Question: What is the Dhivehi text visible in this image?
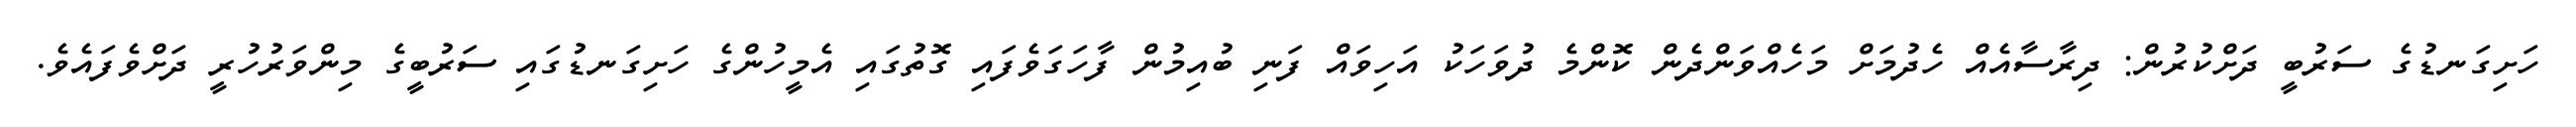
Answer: ހަށިގަނޑުގެ ސަރުބީ ދަށްކުރުން: ދިރާސާއެއް ހެދުމަށް މަހެއްވަންދެން ކޮންމެ ދުވަހަކު އަހިވައް ފަނި ބުއިމުން ފާހަގަވެފައި ގޮތުގައި އެމީހުންގެ ހަށިގަނޑުގައި ސަރުބީގެ މިންވަރުހުރީ ދަށްވެފައެވެ.